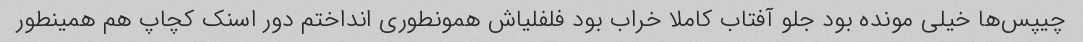
چیپس‌ها خیلی مونده بود جلو آفتاب کاملا خراب بود فلفلیاش همونطوری انداختم دور اسنک کچاپ هم همینطور